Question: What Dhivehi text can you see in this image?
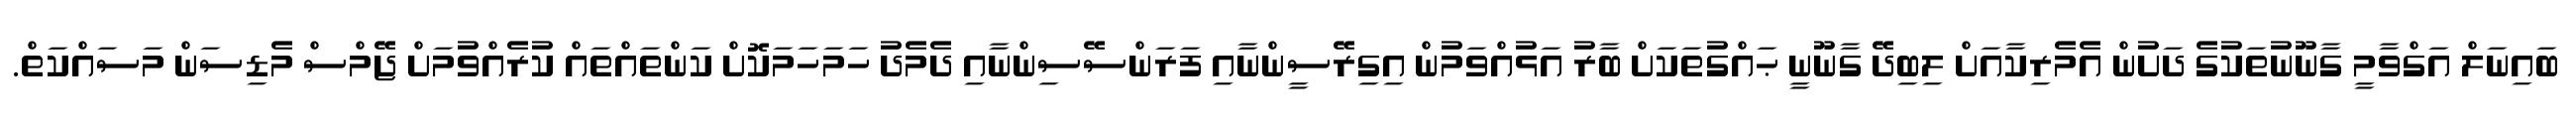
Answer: ބައިނަލް އަގްވާމީ ގާނޫނުތަކުގެ ދަށުން އެމެރިކާއަށް ލިބިދޭ ގާނޫނީ ޙައްގުތަކަށް ބާރު އަޅުއްވަމުން އިގިރޭސީންނާއި ފަރަންސޭސިންނާއި ދެމެދު ހަމަހަމަކޮށް ކަންތައްތައް ކުރެއްވުމަށް ޖޭމްސް މެޑިސަން މަސައްކަތް.